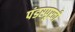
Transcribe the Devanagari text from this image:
पंडरपूरची